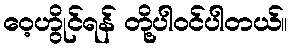
ဝေ့ဟွိုင်ရန် တို့ပါဝင်ပါတယ်။